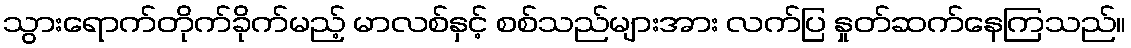
သွားရောက်တိုက်ခိုက်မည့် မာလစ်နှင့် စစ်သည်များအား လက်ပြ နှုတ်ဆက်နေကြသည်။